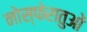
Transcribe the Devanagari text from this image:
नोस्फेरातुओं